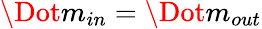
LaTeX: \Dot{m}_{in}=\Dot{m}_{out}